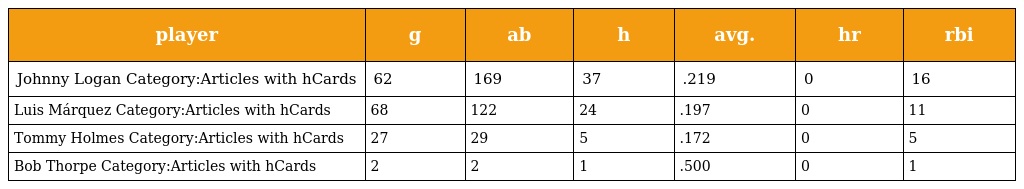
| player | g | ab | h | avg. | hr | rbi |
 | --- | --- | --- | --- | --- | --- | --- |
 | Johnny Logan Category:Articles with hCards | 62 | 169 | 37 | .219 | 0 | 16 |
 | Luis Márquez Category:Articles with hCards | 68 | 122 | 24 | .197 | 0 | 11 |
 | Tommy Holmes Category:Articles with hCards | 27 | 29 | 5 | .172 | 0 | 5 |
 | Bob Thorpe Category:Articles with hCards | 2 | 2 | 1 | .500 | 0 | 1 |